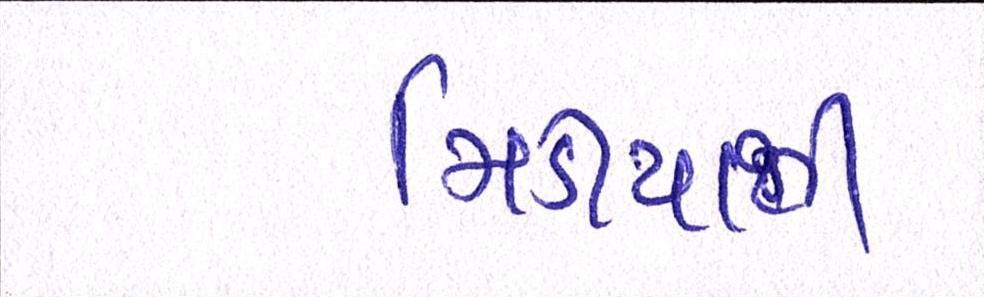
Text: મિડીયાથી